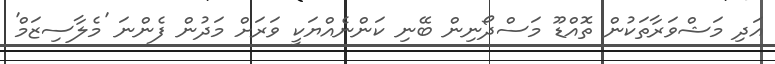
އަދި މަޝްވަރާތަކުން ތޮއްޑޫ މަސްދޯނިން ބޭނި ކަންނެއްޔަކީ ވަރަށް މަދުން ފެންނަ 'މެލާސިޒަމް'